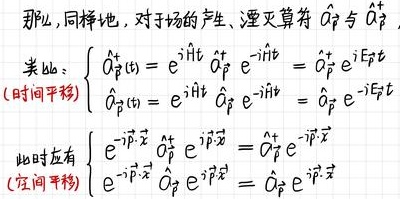
那么，同样地，对于场的产生、湮灭算符 $\hat{a}_{\vec{p}}$ 与 $\hat{a}_{\vec{p}}^{\dagger}$，
类似地：
\[
\begin{cases}
\hat{a}_{\vec{p}}^{\dagger}(t) = e^{i\hat{H}t} \hat{a}_{\vec{p}}^{\dagger} e^{-i\hat{H}t} = \hat{a}_{\vec{p}}^{\dagger} e^{iE_{\vec{p}}t} & (\text{时间平移}) \\
\hat{a}_{\vec{p}}(t) = e^{i\hat{H}t} \hat{a}_{\vec{p}} e^{-i\hat{H}t} = \hat{a}_{\vec{p}} e^{-iE_{\vec{p}}t}
\end{cases}
\]
此时应有：
\[
\begin{cases}
e^{-i\vec{p}\cdot\vec{x}} \hat{a}_{\vec{p}}^{\dagger} e^{i\vec{p}\cdot\vec{x}} = \hat{a}_{\vec{p}}^{\dagger} e^{-i\vec{p}\cdot\vec{x}} & (\text{空间平移}) \\
e^{-i\vec{p}\cdot\vec{x}} \hat{a}_{\vec{p}} e^{i\vec{p}\cdot\vec{x}} = \hat{a}_{\vec{p}} e^{i\vec{p}\cdot\vec{x}}
\end{cases}
\]